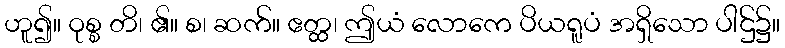
ဟူ၍။ ဝုစ္စ တိ၊ ၏။ စ၊ ဆက်။ ဧတ္ထ၊ ဤယံ လောကေ ပိယရူပံ အရှိသော ပါဌ်၌။